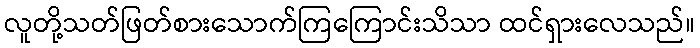
လူတို့သတ်ဖြတ်စားသောက်ကြကြောင်းသိသာ ထင်ရှားလေသည်။